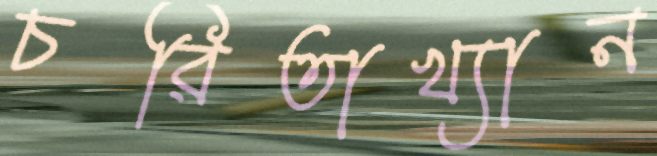
চরিতাখ্যান